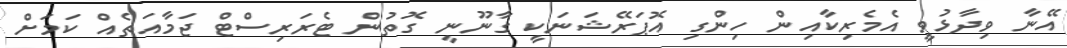
އޭނާ ވިދާޅުވީ އެމެރިކާއިން ހިންގި އޮޕަރޭޝަނަކީ ގާނޫނީ ގޮތުން ޓެރަރިސްޓް ޖަމާއަތެއް ކަމަށް